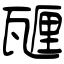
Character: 甅